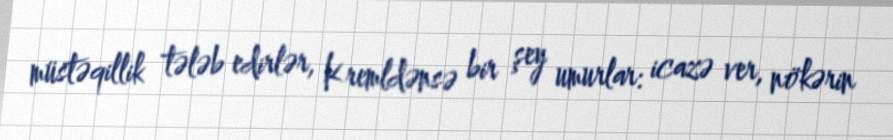
müstəqillik tələb edirlər, Kremldənsə bir şey umurlar: icazə ver, nökərin